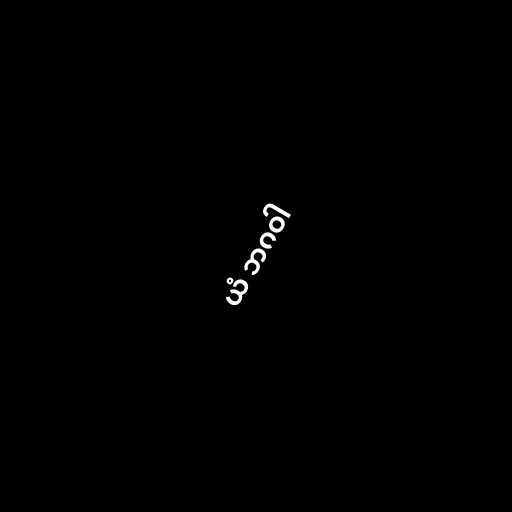
ယံ ဘဂဝါ